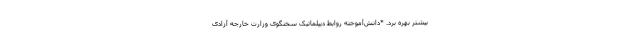
بیشتر بهره برد. *دانش‌آموخته روابط دیپلماتیک سخنگوی وزارت خارجه آزادی